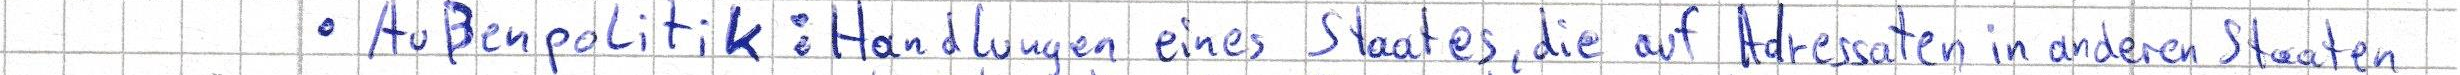
- Außenpolitik: Handlungen eines Staates, die auf Adressaten in anderen Staaten